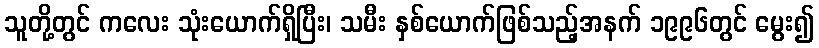
သူတို့တွင် ကလေး သုံးယောက်ရှိပြီး၊ သမီး နှစ်ယောက်ဖြစ်သည့်အနက် ၁၉၉၆တွင် မွေး၍